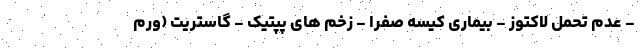
- عدم تحمل لاکتوز - بیماری کیسه صفرا - زخم های پپتیک - گاستریت (ورم